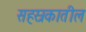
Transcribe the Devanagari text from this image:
सहस्रकातील